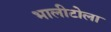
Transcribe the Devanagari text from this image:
भालीटोला